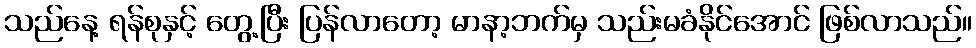
သည်နေ့ ရန်စုနှင့် တွေ့ပြီး ပြန်လာတော့ မာနာ့ဘက်မှ သည်းမခံနိုင်အောင် ဖြစ်လာသည်။